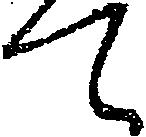
て